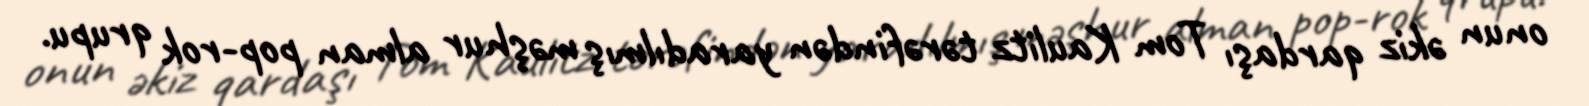
onun əkiz qardaşı Tom Kaulitz tərəfindən yaradılmış məşhur alman pop-rok qrupu.